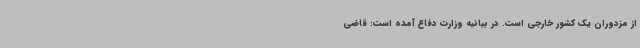
از مزدوران یک کشور خارجی است. در بیانیه وزارت دفاع آمده است: قاضی